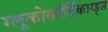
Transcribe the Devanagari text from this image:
ग्लूकोकॉर्टिकाय्ड्स